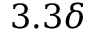
3 . 3 \delta